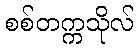
စစ်တက္ကသိုလ်